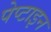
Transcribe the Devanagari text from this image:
पेप्टाइन